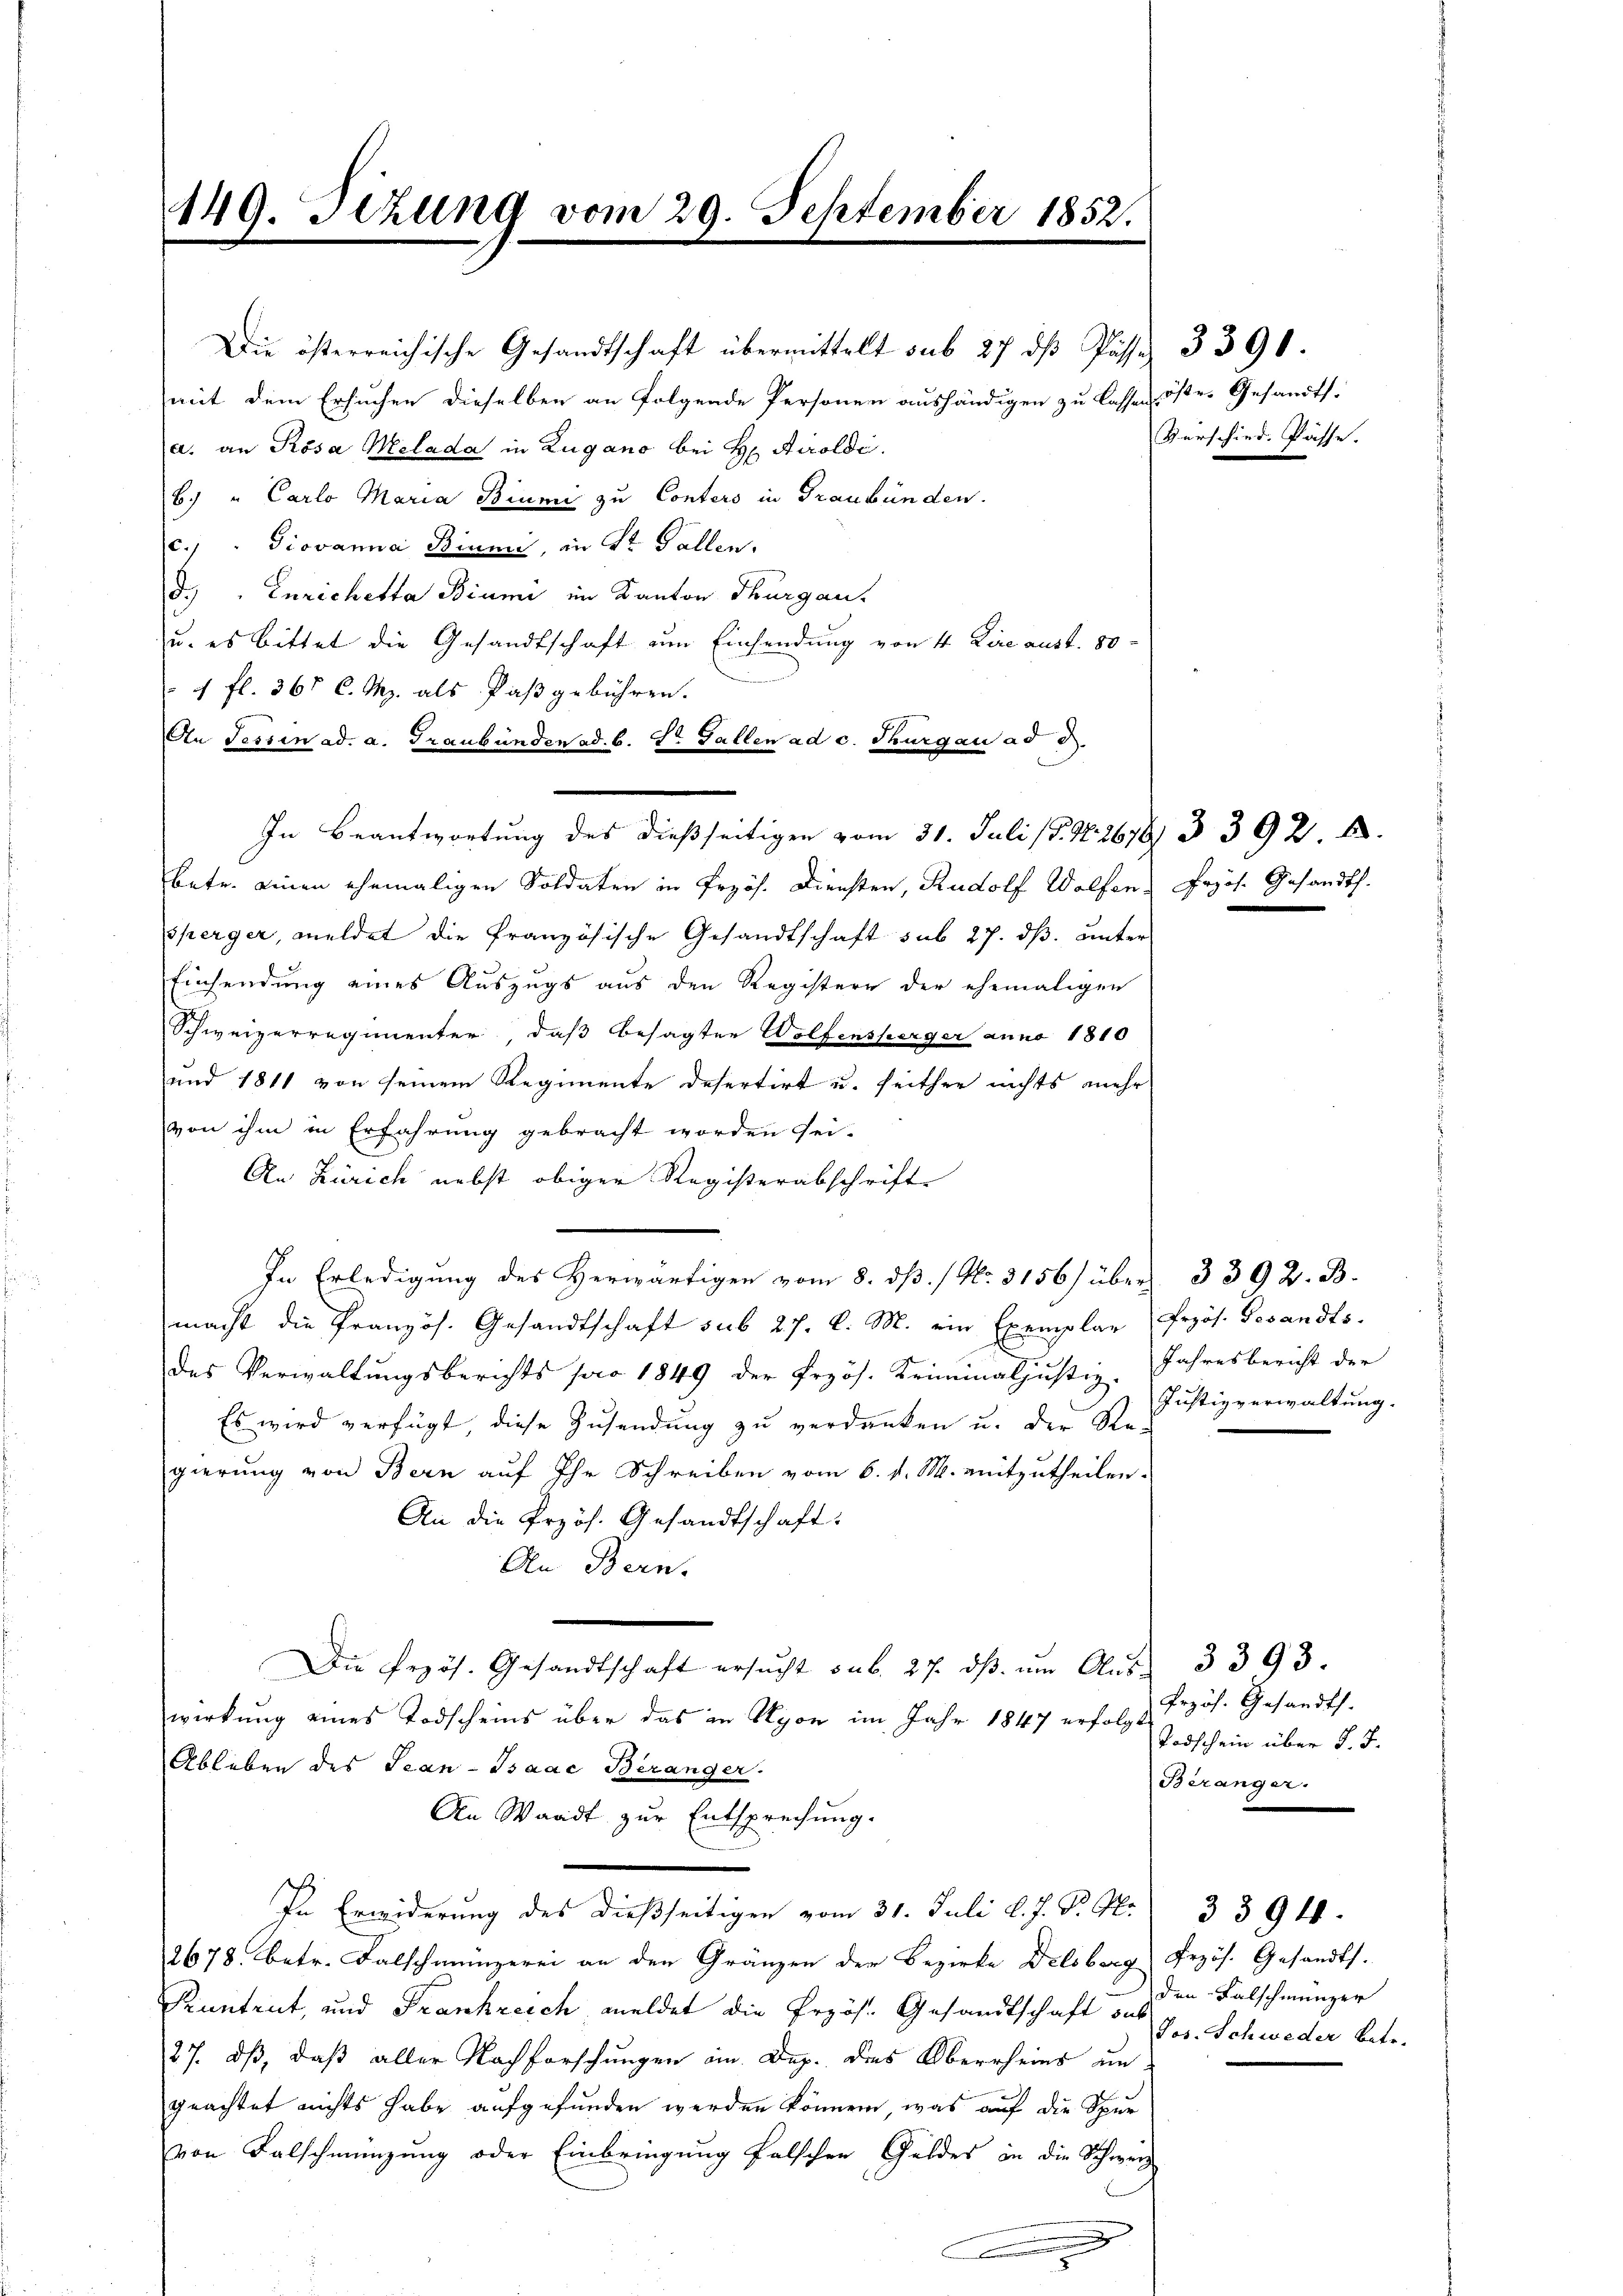
149. Sizung vom 29. September 1852.

Die österreichische Gesandtschaft übermittelt sub 27 dß Pässe 3390.
mit dem Ersuchen dieselben an folgende Personen aushändigen zu lassen öste Gesandts
a. an Rosa Melada in Zugano bei H. Airoldi
b. " Carlo Maria Biumi zu Conters in Graubünden.
2) " Giovanna Biumi, in Dr. Gallen.
d.) Enrichesta Biumi im Kanton Thurgau,
u. es bittet die Gesandtschaft um Einsendung von 4 Lire aust. 80
4 fl. 365 l. M. als Paß gebühren.
An Tessin ad a. Graubünden ad. b. Dr Fallen ad c. Thurgau ad 3.
In Beantwortung des dießseitigen vom 31. Juli (T. N. 2678 3 392. 4.
betr. einen ehemaligen Soldaten in Przös. Diensten, Rudolf Wolfen, Prjös. Gesandth.
sperger, meldet die französische Gesandtschaft sub 27. ds. unter
Einsendung eines Auszugs aus den Registern der ehemaligen
Schweizerregimenter, daß besagten Wolfensperger anno 1810
und 1811 von seinem Regimente desertirt u. seither nichts mehr
von ihm in Erfahrung gebracht worden sei.
An Zürich nebst obiger Registerabschrifte
In Erledigung des Herwärtigen vom 8. dß. / No. 3156) über 3392. B.
macht die Pranzös. Gesandtschaft sub 27. d. M. ein Exemplar
des Verwaltungsberichts pro 1849 der Frzös. Kriminaljustiz. Jahresbericht der
Es wird verfügt, diese Zusendung zu verdanken u. der Re-
gierung von Bern auf Ihr Schreiben vom 6. d. M. mitzutheilen.
An die Przös. Gesandtschaft:
An Bern.
Die Erzös. Gesandtschaft ersucht sub. 27. dß am Aus 3 393.
wirkung eines Todscheins über das in Nyon im Jahr 1847 erfolgt
Ableben des Sean-Isaac Béranger.
An Waadt zur Entsprechung.
In Erwiderung des dießseitigen vom 31. Juli d. J. J. J.
2678 betr. Falschmünzerei an den Gränzen der Bezirke Delsberg
Runtrut, und Frankreich meldet die Erzös. Gesandtschaft dur
7. dß, daß aller Nachforschungen an. Dez. des Oberrheins un
geachtet nichts habe aufgefunden werden können, was auf die Spur
von Falschmünzung oder Einbringung falschen Geldes in die Schwerz

Verschied. Pässe.

Przös. Gesandts.
Justizverwaltung.

Przös. Gesandts.
Todschein über d. J.
Beränger.

3394

Frzös. Gesandts.
den Falschmünzer
Jos. Schweder Betr.